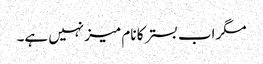
مگر اب بستر کا نام میز نہیں ہے۔